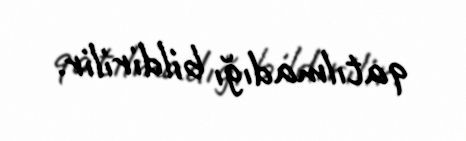
qatılmadığı bildirilir.